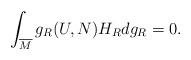
LaTeX: \begin{align*} \int_{\overline{M}}g_R(U,N)H_R dg_R=0.\end{align*}